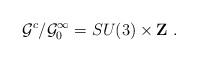
LaTeX: \begin{align*}{\cal G}^c/{\cal G}_0^\infty =SU(3)\times {\bf Z\ }.\end{align*}